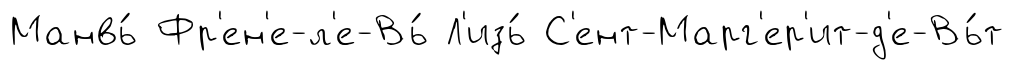
Манвь́ Фр'ен'е-л'е-Вь́ Л'изь́ С'ент-Марг'ер'ит-д'е-Вь́т